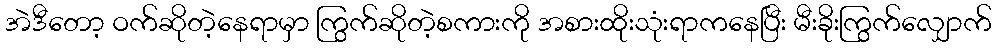
အဲဒီတော့ ဝက်ဆိုတဲ့နေရာမှာ ကြွက်ဆိုတဲ့စကားကို အစားထိုးသုံးရာကနေပြီး မီးခိုးကြွက်လျှောက်